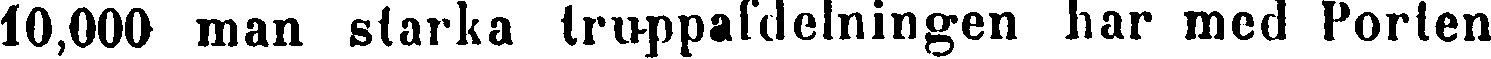
10,000 man starka truppafdelningen har med Porten